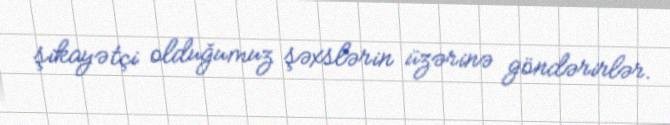
şikayətçi olduğumuz şəxslərin üzərinə göndərirlər.